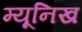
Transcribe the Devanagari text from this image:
म्‍यूनिख